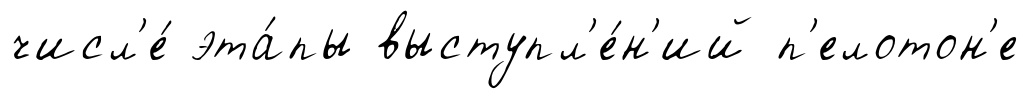
числ'е́ эта́пы выступл'е́н'ий п'елотон'е